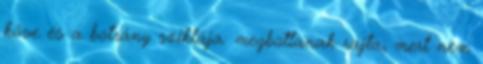
köve és a botrány sziklája: megbotlanak rajta, mert nem